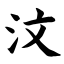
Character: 汶